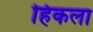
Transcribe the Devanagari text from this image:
हिकला